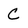
Character: C